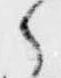
之